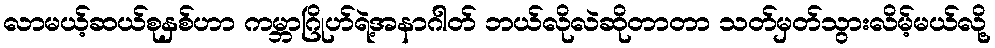
လာမယ့်ဆယ်စုနှစ်ဟာ ကမ္ဘာဂြိုဟ်ရဲ့အနာဂါတ် ဘယ်လိုလဲဆိုတာတာ သတ်မှတ်သွားလိမ့်မယ်လို့